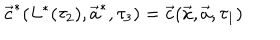
\vec { c } ^ { * } ( L ^ { * } ( \tau _ { 2 } ) , \vec { a } ^ { * } , \tau _ { 3 } ) = \vec { c } ( \vec { x } , \vec { a } , \tau _ { 1 } )